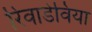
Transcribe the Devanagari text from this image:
रिवाडेविया